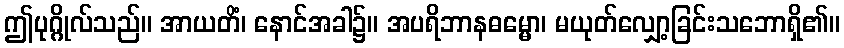
ဤပုဂ္ဂိုလ်သည်။ အာယတိံ၊ နောင်အခါ၌။ အပရိဘာနဓမ္မော၊ မယုတ်လျှော့ခြင်းသဘောရှိ၏။